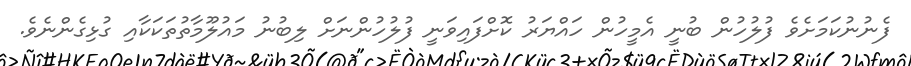
ފެނުނުކަމަށެވެ ފުލުހުން ބުނީ އެމީހުން ހައްޔަރު ކޮށްފައިވަނީ ފުލުހުންނަށް ލިބުނު މައުލޫމާތުތަކަކާއި ގުޅިގެންނެވެ.